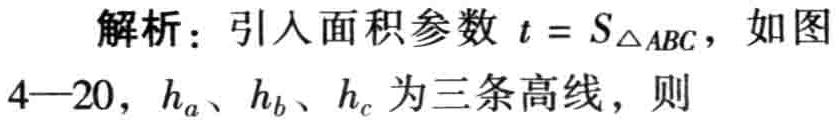
解析：引入面积参数 \(t = S_{\triangle ABC}\)，如图4—20，\(h_{a}\)、\(h_{b}\)、\(h_{c}\) 为三条高线，则